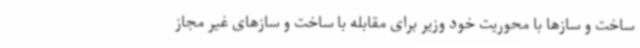
ساخت و سازها با محوریت خود وزیر برای مقابله با ساخت و سازهای غیر مجاز